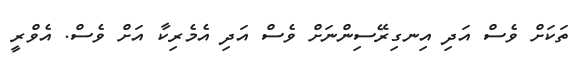
ތަކަށް ވެސް އަދި އިނގިރޭސިންނަށް ވެސް އަދި އެމެރިކާ އަށް ވެސް. އެވްރީ